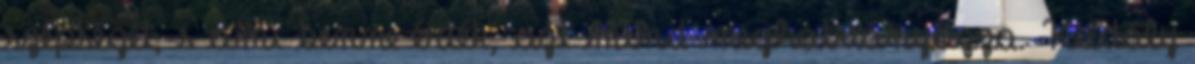
szépségét, s ami benne érték, azt mind meghatványozza. Kodály